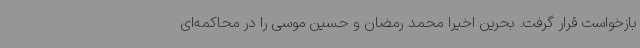
بازخواست قرار گرفت. بحرین اخیرا محمد رمضان و حسین موسی را در محاکمه‌ای